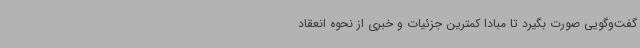
گفت‌وگویی صورت بگیرد تا مبادا کمترین جزئیات و خبری از نحوه انعقاد